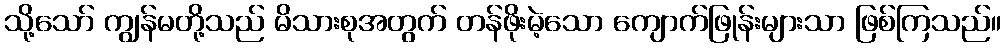
သို့သော် ကျွန်မတို့သည် မိသားစုအတွက် တန်ဖိုးမဲ့သော ကျောက်ဖြုန်းများသာ ဖြစ်ကြသည်။